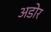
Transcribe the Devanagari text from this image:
अडोर